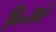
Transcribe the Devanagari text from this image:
पि॰हले